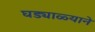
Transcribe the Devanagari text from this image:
घड्याळ्याने